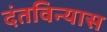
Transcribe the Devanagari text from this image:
दंतविन्यास